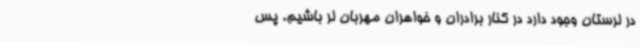
در لرستان وجود دارد در کنار برادران و خواهران مهربان لر باشیم. پس